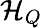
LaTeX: {\mathcal{H}}_{Q}